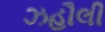
ઝહૌલી